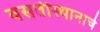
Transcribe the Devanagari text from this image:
वसतीस्थानाचे